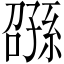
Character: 𫲰